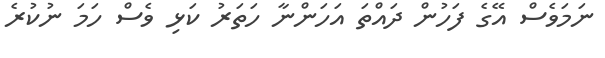
ނަމަވެސް އޭގެ ފަހުން ދައްތަ އަހަންނާ ހަތަރު ކަޅި ވެސް ހަމަ ނުކުރެ